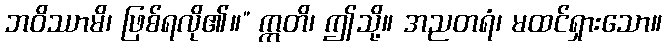
ဘဝိဿာမိ၊ ဖြစ်ရလို၏။” ဣတိ၊ ဤသို့။ အညတရံ၊ မထင်ရှားသော။